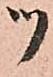
ツ